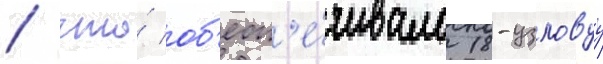
/ что́ об'есп'е́чивало 18-узловуу